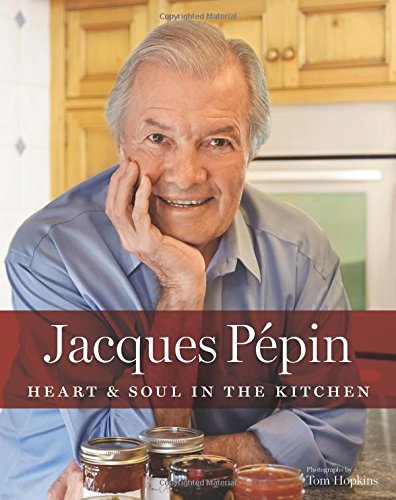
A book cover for Jacques PÃ©pin Heart & Soul in the Kitchen; Jacques PÃ©pin; Cookbooks, Food & Wine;